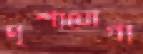
দৃশ্যযোগ্য